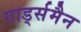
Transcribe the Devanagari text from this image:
गार्ड्समैन